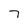
Character: 7